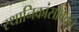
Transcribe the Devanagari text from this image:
स्थानिकांसोबतच